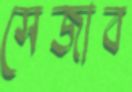
সেজাব